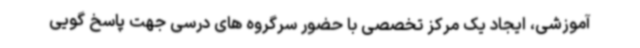
آموزشی، ایجاد یک مرکز تخصصی با حضور سرگروه های درسی جهت پاسخ گویی